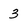
Character: 3